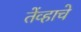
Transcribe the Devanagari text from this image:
तेंव्हाचे